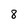
Character: 8